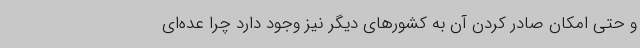
و حتی امکان صادر کردن آن به کشورهای دیگر نیز وجود دارد چرا عده‌ای